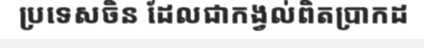
ប្រទេសចិន ដែលជាកង្វល់ពិតប្រាកដ